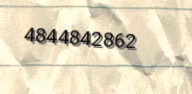
4844842862